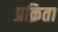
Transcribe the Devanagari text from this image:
प्रक्रिता